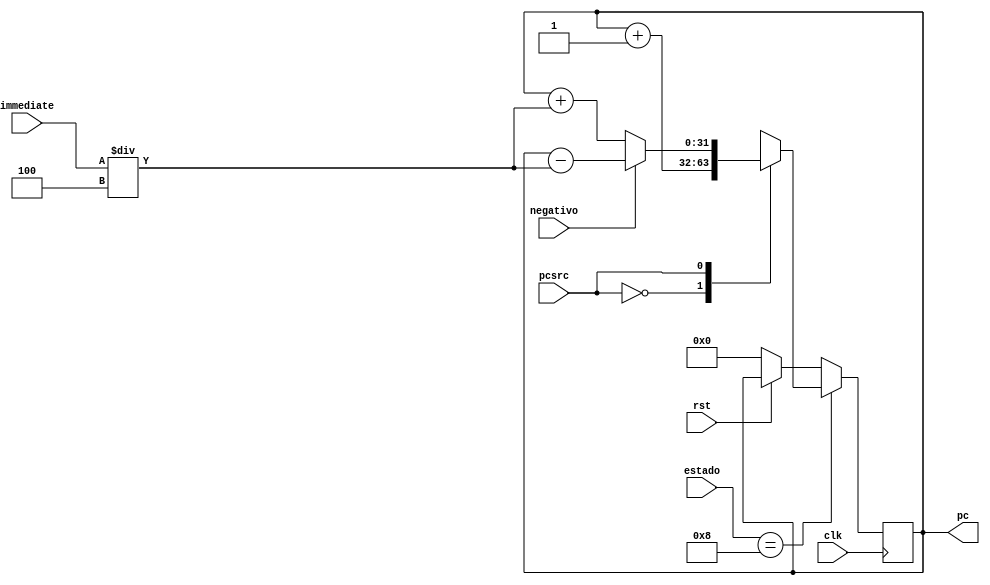
module somapc (pc, clk, pcsrc, immediate, estado, negativo, rst);
  input clk, rst;
  input wire [3:0] estado;
  input pcsrc;
  input [11:0] immediate;
  input negativo;
  output reg [31:0] pc; // posio da prxima instruo

  // incrementa o PC
  always @(posedge clk) begin
    //rst ativo para inicializao do PC
    if(rst == 1'b0) begin
      pc <= 1'b0; // inicializa o pc
    end
    if(estado == 4'b1000) begin
      // sinais de controle para o pc saber se vai ser incrementado com imeadiato ou no
      case (pcsrc)
          1'b0: begin
            pc <= pc + 1; // proxima instruo
          end
          1'b1: begin
            // sinal de controle para saber se o imediato  negativo ou no
            if(negativo == 1'b1)begin
              pc <= pc - (immediate/4); // caso haja desvio
            end
            else begin
              pc <= pc + (immediate/4); // caso haja desvio
            end
          end
      endcase
    end
  end

endmodule